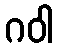
ဂဝါ